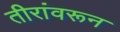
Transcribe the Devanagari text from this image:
तीरांवरून